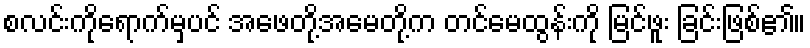
စလင်းကိုရောက်မှပင် အဖေတို့အမေတို့က တင်မေထွန်းကို မြင်ဖူး ခြင်းဖြစ်၏။